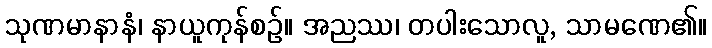
သုဏမာနာနံ၊ နာယူကုန်စဉ်။ အညဿ၊ တပါးသောလူ, သာမဏေ၏။